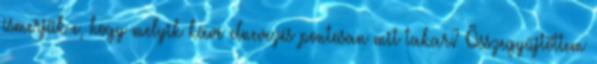
ismerjük-e, hogy melyik kávé elnevezés pontosan mit takar? Összegyűjtöttem